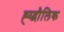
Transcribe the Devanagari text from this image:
ह्य्द्रौलिक